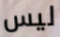
ليس